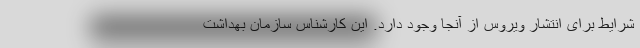
شرایط برای انتشار ویروس از آنجا وجود دارد. این کارشناس سازمان بهداشت